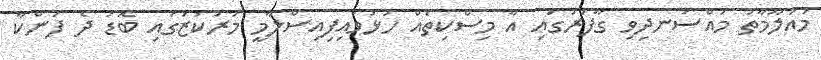
މައުލޫމާތު މުއްސަނދިވި ގާފަރުގައި އާ މިސްކިތެއް ހުޅުވައިފިއިސްލާމީ މަރުކަޒުގައި ބޮޑު ދެ ފަންކާ